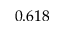
0 . 6 1 8